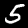
Digit: 5